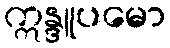
ဣန္ဒူပမော